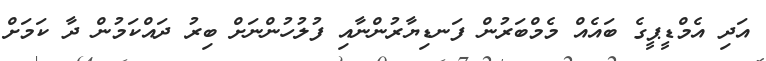
އަދި އެމްޑީޕީގެ ބައެއް މެމްބަރުން ފަނޑިޔާރުންނާއި ފުލުހުންނަށް ބިރު ދައްކަމުން ދާ ކަމަށް